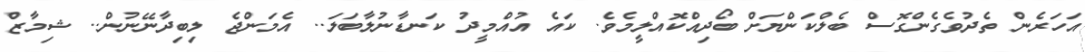
އަހަރެން ތެދުވެގެންގޮސް ބެލްކަންޔަށް ބޯދިއްކޮއްލީމެވެ. ކައެ އުއްމީދު ކަނޑާނުލާބަލަ.. އެމަންޖެ ލިބިދާނޭނުން.. ޝިމާޒް